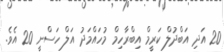
20 އަދި އަބްދުލް ކަރީމް އިބްރާހިމް މުހައްމަދު އަލް ހަސްނީ 20 އެވެ.